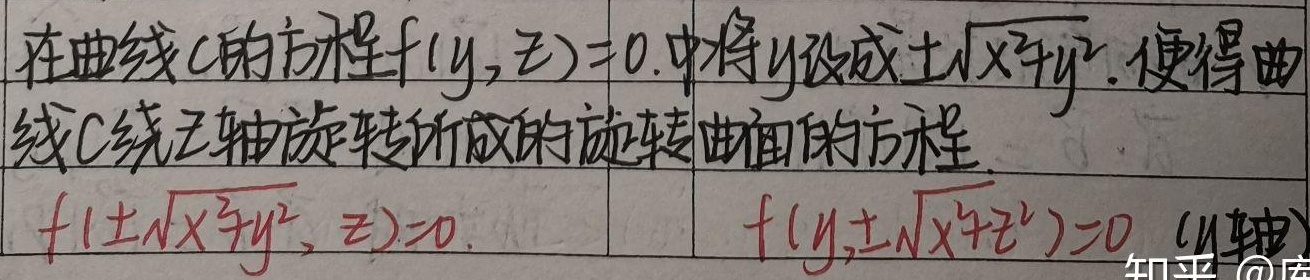
在曲线\(C\)的方程\(f(y,z)=0\)中将\(y\)改成\(\pm\sqrt{x^{2}+y^{2}}\)，便得曲线\(C\)绕\(z\)轴旋转所成的旋转曲面的方程
\[f(\pm\sqrt{x^{2}+y^{2}},z)=0\]
\[f(y,\pm\sqrt{x^{2}+z^{2}})=0 \text{（}y\text{轴）}\]